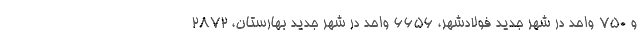
و ۷۵۰ واحد در شهر جدید فولادشهر، ۶۶۵۶ واحد در شهر جدید بهارستان، ۲۸۷۲